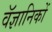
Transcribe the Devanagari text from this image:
वॅज्ञानिकों